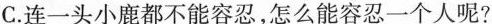
C.连一头小鹿都不能容忍，怎么能容忍一个人呢?